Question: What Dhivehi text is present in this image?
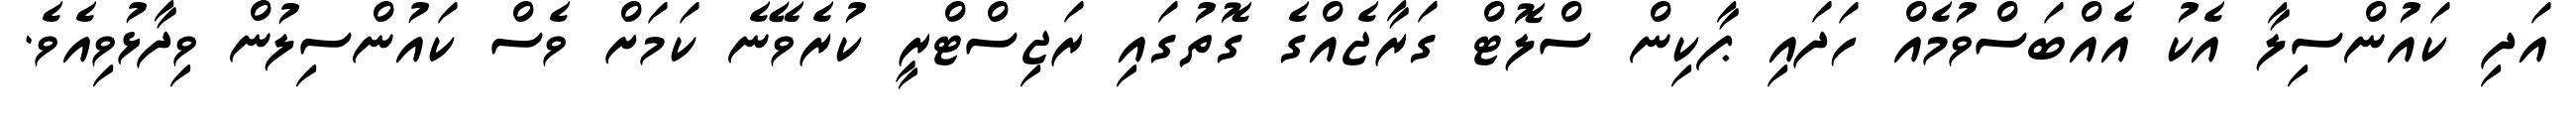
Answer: އަދި ކައުންސިލާ އެކު އެއްބަސްވުމެއް ހަދައި ޕާކިން ސްލޮޓް ގަރާޖެއްގެ ގޮތުގައި ރަޖިސްޓްރީ ކުރެވޭނެ ކަމަށް ވެސް ކައުންސިލުން ވިދާޅުވިއެވެ.